Vaccination United Provinces of Agra and Oudh 1923-1928 - 1923-1928
Year: 1923
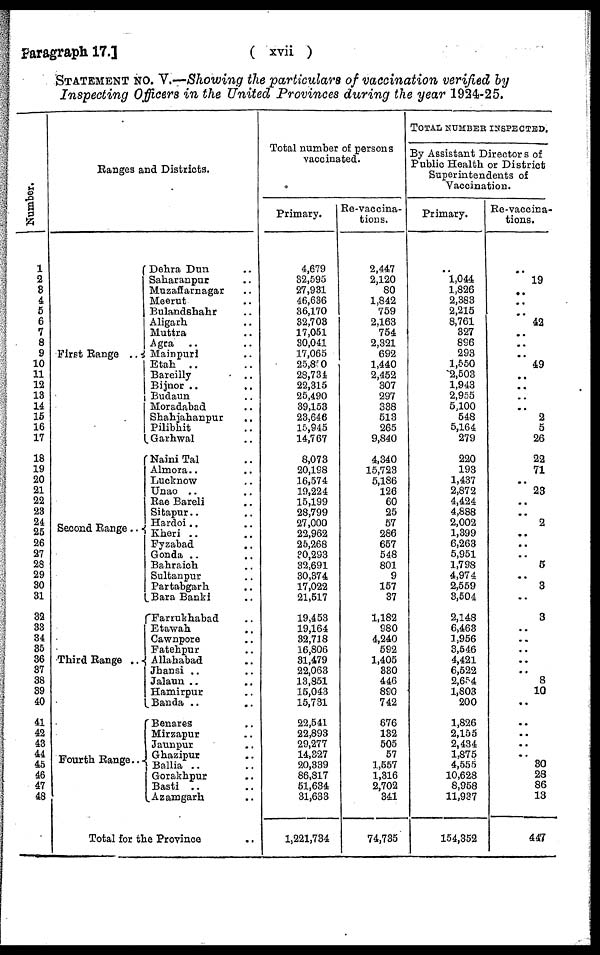
Paragraph 17.]
( xvii )
STATEMENT No. V.—Showing the particulars of vaccination verified by
Inspecting Officers in the United Provinces during the year 1924-25.
Number.
1
2 3
4
5
6
7
8
9
10
11
12
13
14
15
16
17
18
19
20
21
22
23
24
25
26
27
28
29
30
31
32
33
34
35
36
37
38
39
40
41
42
43
44
45
46
47
48
Ranges and Districts.
First Range
..
Second Range ..
Third Range
..
Fourth Range ..
Dehra Dun ..
Saharanpur ..
Muzaffarnagar ..
Meerut ..
Bulandshahr ..
Aligarh ..
Muttra ..
Agra .. ..
Mainpuri ..
Etah .. ..
Bareilly ..
Bijnor ..
Budaun ..
Moradabad ..
Shahjahanpur ..
Pilibhit ..
Garhwal ..
Naini Tal ..
Almora.. ..
Lucknow ..
Unao ..
Rae Bareli ..
Sitapur.. ..
Hardoi .. ..
Kheri .. ..
Fyzabad .. ..
Gonda .. ..
Bahraich ..
Sultanpur ..
Partabgarh ..
Bara Banki ..
Farrukhabad ..
Etawah ..
Cawnpore ..
Fatehpur ..
Allahabad ..
Jhansi .. ..
Jalaun .. ..
Hamirpur ..
Banda .. ..
Benares ..
Mirzapur ..
Jaunpur ..
Ghazipur ..
Ballia ..
Gorakhpur ..
Basti .. ..
Azamgarh ..
Total for the Province ..
Total number of persons
vaccinated.
Primary.
4,679
32,595
27,931
46,636
36,170
32,703
17,051
30,041
17,065
25,850
28,734
22,315
25,490
39,153
23,646
15,945
14,767
8,073
20,198
16,574
19,224
15,199
28,799
27,000
22,962
25,268
30,293
32,691
30,874
17,022
21,517
19,453
19,164
32,718
16,806
31,479
22,063
13,851
15,043
15,731
22,541
22,893
29,277
14,327
20,339
86,817
51,634
31,633
1,221,734
Re-vaccina-
tions.
2,447
2,120
80
1,842
759
2,163
754
2,321
692
1,440
2,452
307
297
338
513
265
9,840
4,340
15,723
5,186
126
60
25
57
286
657
548
801
9
157
37
1,182
980
4,240
592
1,405
330
446
890
742
676
132
505
57
1,557
1,316
2,702
341
74,735
TOTAL NUMBER INSPECTED.
By Assistant Directors of
Public Health or District
Superintendents of
Vaccination.
Primary.
..
1,044
1,826
2,383
2,215
8,761
327
896
293
1,550
2,503
1,943
2,955
5,100
548
5,164
279
220
193
1,437
2,872
4,424
4,888
2,002
1,399
6,263
5,951
1,798
4,974
2,559
3,504
2,148
6,463
1,956
3,546
4,421
6,522
2,654
1,803
200
1,826
2,155
2,434
1,875
4,555
10,628
8,958
11,937
154,352
Re-vaccina-
tions.
..
19
..
..
..
42
..
..
..
49
..
..
..
..
2
5
26
22
71
..
23
..
..
2
..
..
..
5
..
3
..
3
..
..
..
..
..
8
10
..
..
..
..
.. 30
28
86
13
447